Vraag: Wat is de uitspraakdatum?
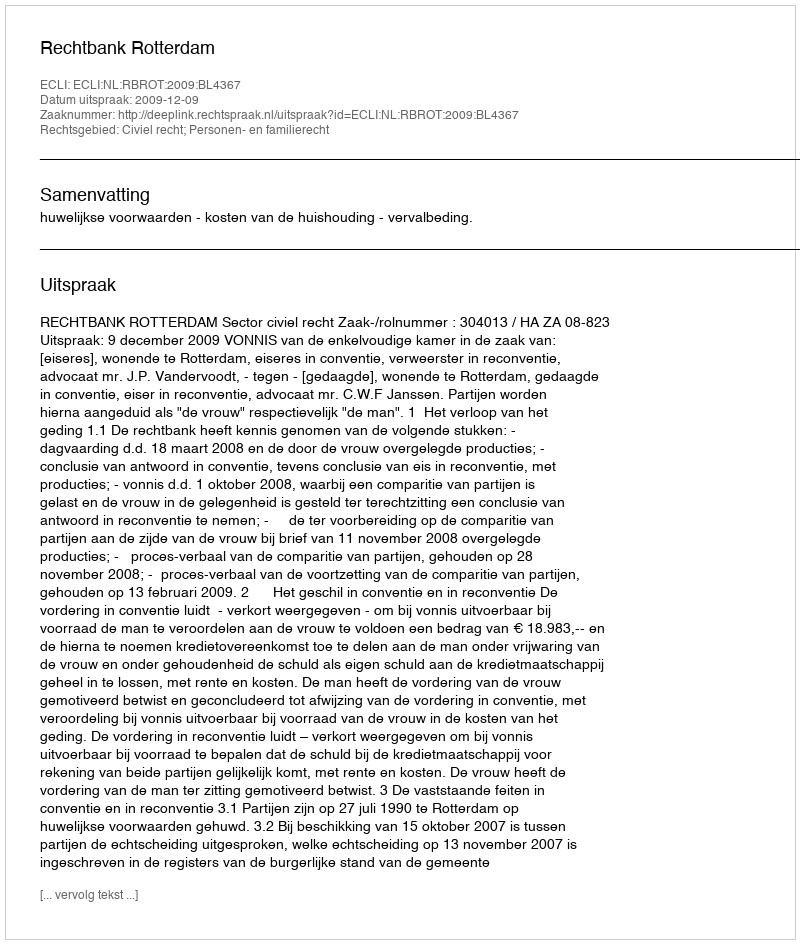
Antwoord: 2009-12-09